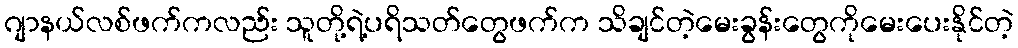
ဂျာနယ်လစ်ဖက်ကလည်း သူတို့ရဲ့ပရိသတ်တွေဖက်က သိချင်တဲ့မေးခွန်းတွေကိုမေးပေးနိုင်တဲ့